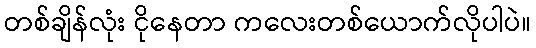
တစ်ချိန်လုံး ငိုနေတာ ကလေးတစ်ယောက်လိုပါပဲ။